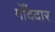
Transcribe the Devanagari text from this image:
गोँददार